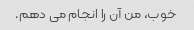
خوب، من آن را انجام می دهم.